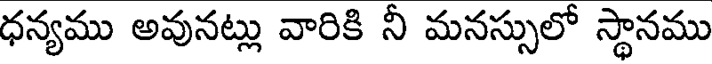
ధన్యము అవునట్లు వారికి నీ మనస్సులో స్థానము